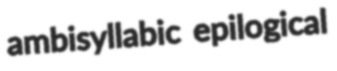
ambisyllabic epilogical